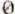
0